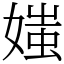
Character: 媸